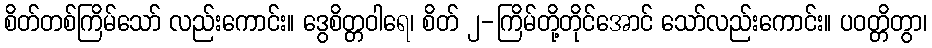
စိတ်တစ်ကြိမ်သော် လည်းကောင်း။ ဒွေစိတ္တဝါရေ၊ စိတ် ၂-ကြိမ်တို့တိုင်အောင် သော်လည်းကောင်း။ ပဝတ္တိတွာ၊